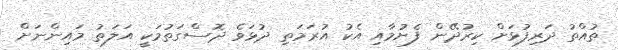
ތުއްތު ދަރިފުޅަށް ކިރުދޭން ފެށުމާއި އެކު އުރަމަތި ދުޅަވެ ދޮސްގަތުމަކީ އަލަތު މައިންނަށް